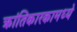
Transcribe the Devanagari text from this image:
क्रांतिकारकामध्ये